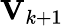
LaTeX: \mathbf{V}_{k+1}